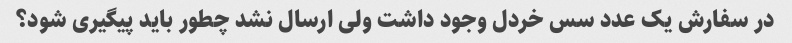
در سفارش یک عدد سس خردل وجود داشت ولی ارسال نشد چطور باید پیگیری شود؟